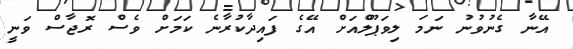
އޭނާ ގެނުވުނު ނަމަ ލިވަޕޫލްއަށް އޭގެ ފައިދާކުރާނެ ކަމަށް ވެސް ރޮޖާސް ވަނީ